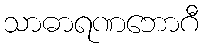
သာဓာရဏဘောဂီ